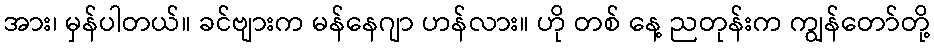
အား၊ မှန်ပါတယ်။ ခင်ဗျားက မန်နေဂျာ ဟန်လား။ ဟို တစ် နေ့ ညတုန်းက ကျွန်တော်တို့